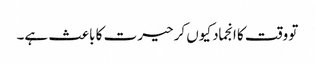
تو وقت کا انجماد کیوں کر حیرت کا باعث ہے۔